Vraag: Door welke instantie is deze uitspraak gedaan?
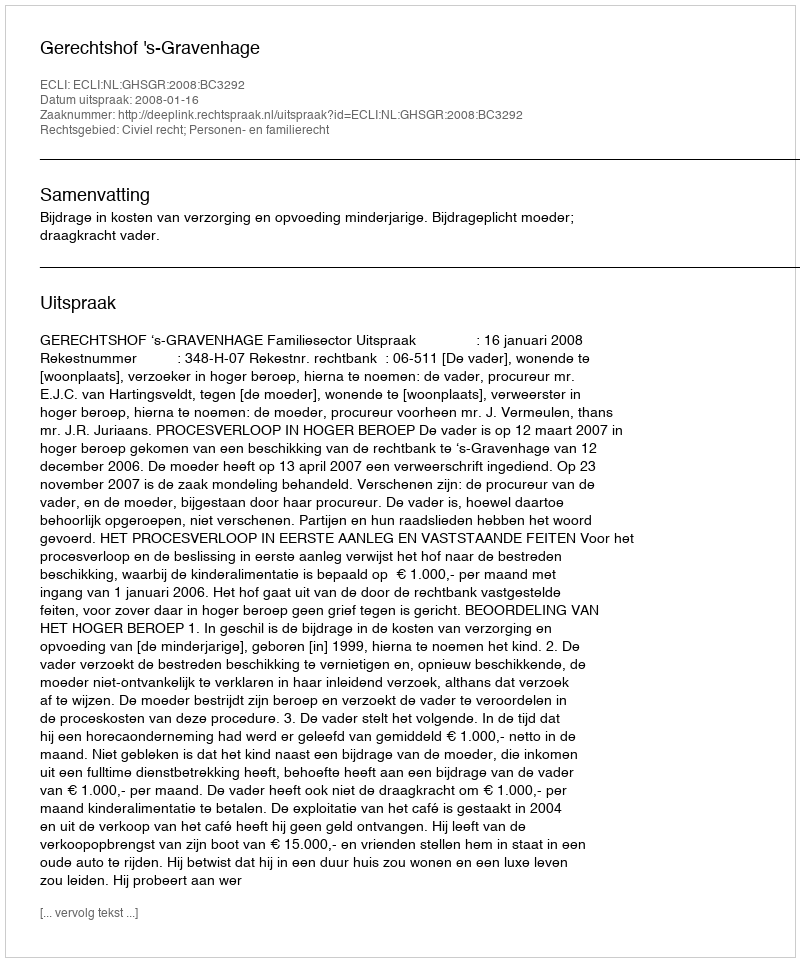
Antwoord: Gerechtshof 's-Gravenhage